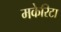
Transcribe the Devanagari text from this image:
मकेरिटा